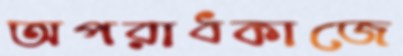
অপরাধকাজে